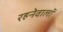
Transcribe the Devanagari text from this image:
रहनेवालॉ